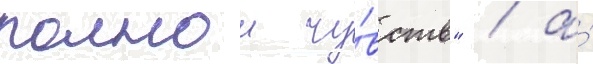
полнои чу́вств" / а́